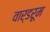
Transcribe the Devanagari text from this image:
वार्डरूम